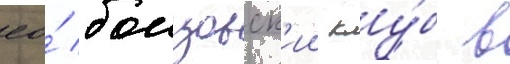
ео́ боицовск'ии клу́б в